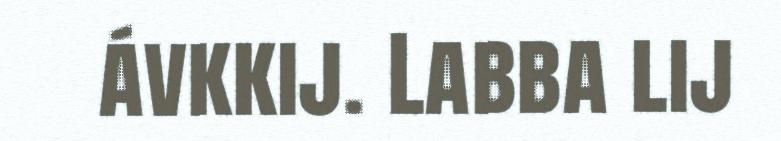
ávkkij. Labba lij